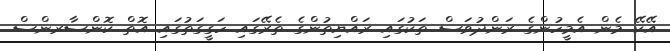
އޭކޭ މެން އެމީހުންގެ ރަންދުވަސް ތަކުގައި ރައްޔިތުންގެ ތެރޭގައި ހަގީގަތުގައި އޮތް ކޮންސާރންސް